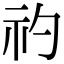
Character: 礿